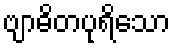
ဗျာဓိတပုရိသော